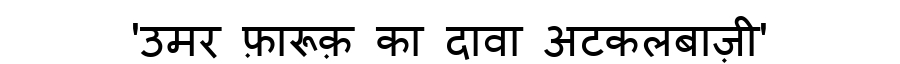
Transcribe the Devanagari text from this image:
'उमर फ़ारूक़ का दावा अटकलबाज़ी'